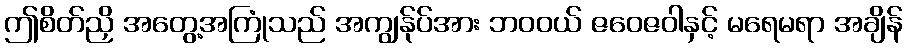
ဤစိတ်ညှိ အတွေ့အကြုံသည် အကျွန်ုပ်အား ဘဝဝယ် ဇဝေဇဝါနှင့် မရေမရာ အချိန်